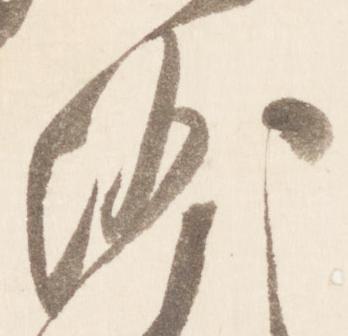
沙